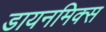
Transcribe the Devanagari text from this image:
डायनमिक्स